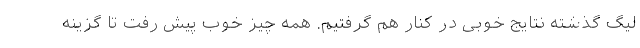
لیگ گذشته نتایج خوبی در کنار هم گرفتیم. همه چیز خوب پیش رفت تا گزینه